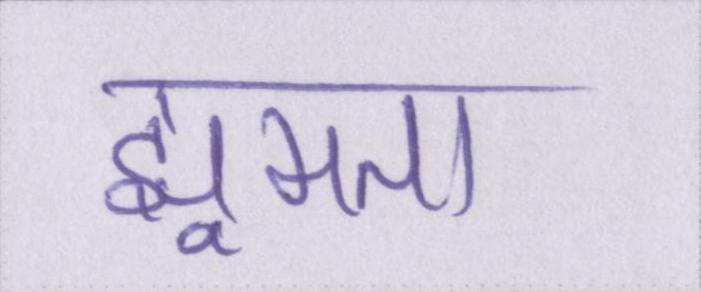
झूमता